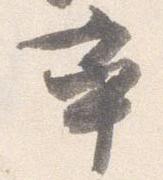
率